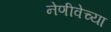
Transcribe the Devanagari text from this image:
नेणीवेच्या